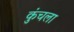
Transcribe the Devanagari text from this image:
कुंचला